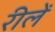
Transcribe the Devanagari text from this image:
रीलें